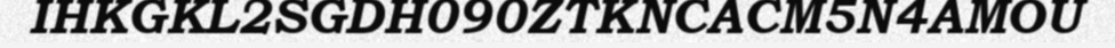
IHKGKL2SGDH090ZTKNCACM5N4AMOU